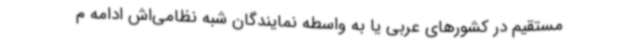
مستقیم در کشورهای عربی یا به واسطه نمایندگان شبه نظامی‌اش ادامه م